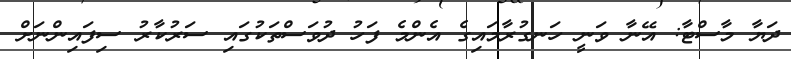
ދަޔާ މާސްޓާ: އޭނާ ވަނީ ހަނގުރާމައިގެ އެންމެ ފަހު ދުވަސްތަކުގައި ސަރުކާރު ސިފައިންނަށް